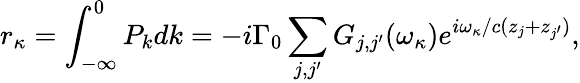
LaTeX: r_{\kappa}=\int_{-\infty}^{0}P_{k}dk=-i\Gamma_{0}\sum_{j,j^{\prime}}G_{j,j^{\prime}}(\omega_{\kappa})e^{i\omega_{\kappa}/c(z_{j}+z_{j^{\prime}})},